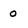
Character: 0